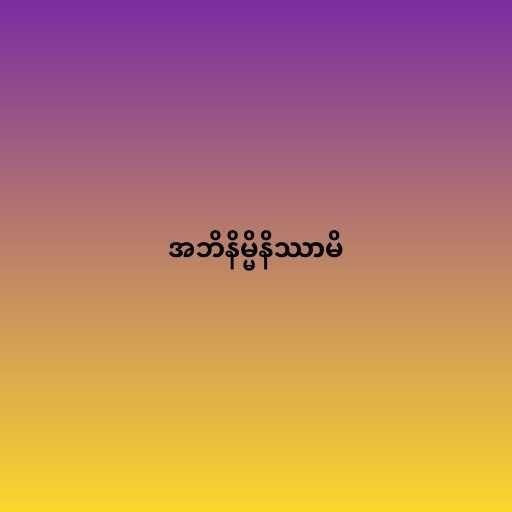
အဘိနိမ္မိနိဿာမိ